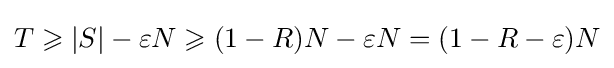
T\geqslant |S|-\varepsilon N\geqslant (1-R)N-\varepsilon N=(1-R-\varepsilon )N